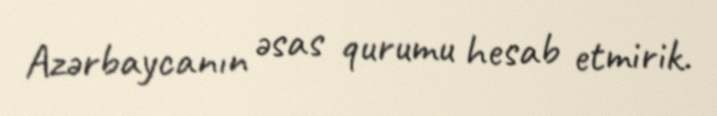
Azərbaycanın əsas qurumu hesab etmirik.